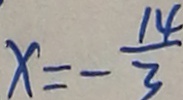
x = - \frac { 1 4 } { 3 }